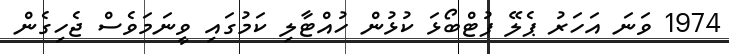
1974 ވަނަ އަހަރު ޕެލޭ ފުޓްބޯޅަ ކުޅުން ހުއްޓާލި ކަމުގައި ވީނަމަވެސް ޖެހިގެން